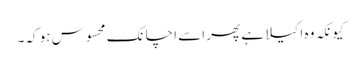
کیونکہ وہ اکیلا ہے پھر اسے اچانک محسوس ہو کہ۔